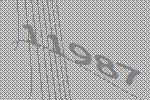
11987